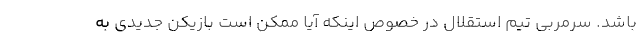
باشد. سرمربی تیم استقلال در خصوص اینکه آیا ممکن است بازیکن جدیدی به